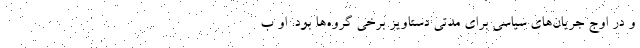
و در اوج جریان‌های سیاسی برای مدتی دستاویز برخی گروه‌ها بود. او ب